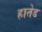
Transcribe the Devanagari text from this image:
हातेड